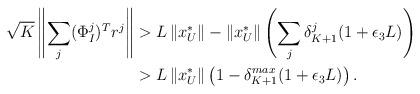
LaTeX: \begin{align*}\begin{aligned}\displaystyle \sqrt{K} \left\| \sum_j (\Phi^j_I)^Tr^j\right\| &> L\left\| x^*_U\right\| - \left\| x^*_U \right\| \left( \sum_j\delta^j_{K+1}(1+\epsilon_{3}L) \right) \\ & > L\left\| x^*_U\right\| \left( 1 - \delta^{max}_{K+1}(1+\epsilon_{3}L) \right).\end{aligned}\end{align*}